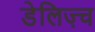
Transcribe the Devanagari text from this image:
डेलिज़्च